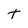
Character: t